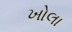
ખોલા